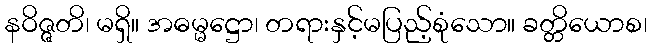
နဝိဇ္ဇတိ၊ မရှိ။ အဓမ္မဋ္ဌော၊ တရားနှင့်မပြည့်စုံသော။ ခတ္တိယောစ၊